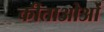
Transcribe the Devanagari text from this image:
कीताओओं